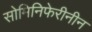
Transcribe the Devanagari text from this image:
सोमिनिफेरीनीन